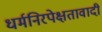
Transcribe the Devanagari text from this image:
धर्मनिरपेक्षतावादी